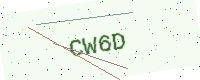
Text: CW6D